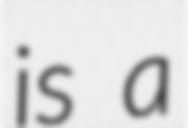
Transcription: is a